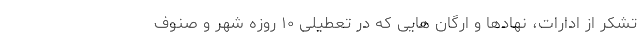
تشکر از ادارات، نهادها و ارگان هایی که در تعطیلی ۱۰ روزه شهر و صنوف